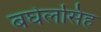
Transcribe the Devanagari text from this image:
बघेलसिंह